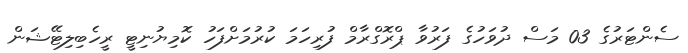
ސެންޓަރުގެ 03 މަސް ދުވަހުގެ ފަރުވާ ޕްރޮގްރާމް ފުރިހަމަ ކުރުމަށްފަހު ކޮމިޔުނިޓީ ރީހެބިލިޓޭޝަން